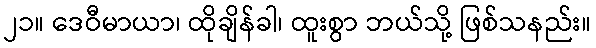
၂၁။ ဒေဝီမာယာ၊ ထိုချိန်ခါ၊ ထူးစွာ ဘယ်သို့ ဖြစ်သနည်း။